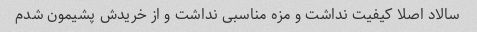
سالاد اصلا کیفیت نداشت و مزه مناسبی نداشت و از خریدش پشیمون شدم